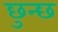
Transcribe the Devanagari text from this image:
छुन्छ